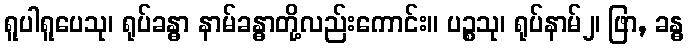
ရူပါရူပေသု၊ ရုပ်ခန္ဓာ နာမ်ခန္ဓာတို့လည်းကောင်း။ ပဉ္စသု၊ ရုပ်နာမ်၂၊ ဖြာ, ခန္ဓ